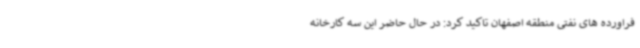
فراورده های نفتی منطقه اصفهان تاکید کرد: در حال حاضر این سه کارخانه